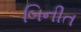
બિનીત